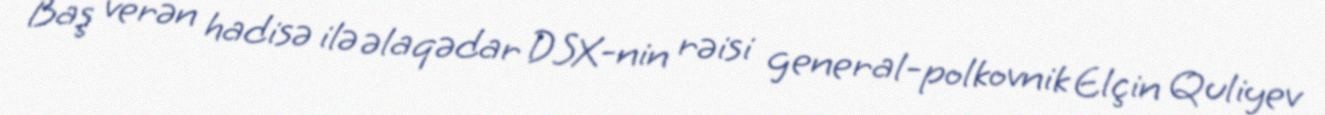
Baş verən hadisə ilə əlaqədar DSX-nin rəisi general-polkovnik Elçin Quliyev